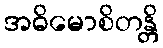
အဓိမောစိတန္တိ